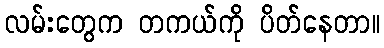
လမ်းတွေက တကယ်ကို ပိတ်နေတာ။